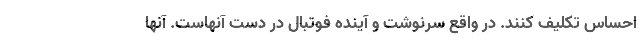
احساس تکلیف کنند. در واقع سرنوشت و آینده فوتبال در دست آنهاست. آنها